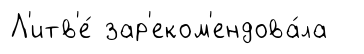
Л'итв'е́ зар'еком'ендова́ла